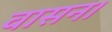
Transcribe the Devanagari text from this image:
वासन।